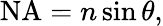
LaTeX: \mathrm{NA}=n\sin\theta,